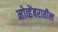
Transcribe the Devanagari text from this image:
नोव्हेंबरातील